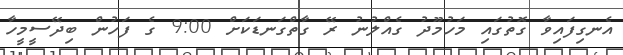
އެނގިފައިވާ ގޮތުގައި މަހުމޫދު ގެއްލުނު ރޭ ގާތްގަނޑަކަށް 9:00 ގެ ފަހުން ބިދޭސީމީހާ